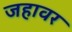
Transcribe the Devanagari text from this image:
जहावर